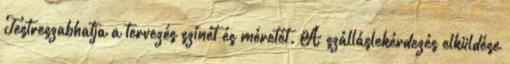
Testreszabhatja a tervezés színét és méretét. A szálláslekérdezés elküldése